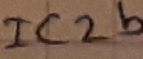
Text: IC2b